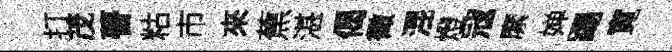
打茂瞢䊀市來蕉湛偈徵混燈冦縻婵踢寛